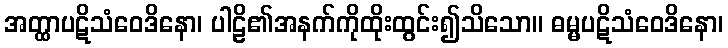
အတ္ထာပဋိသံဝေဒိနော၊ ပါဠိ၏အနက်ကိုထိုးထွင်း၍သိသော။ ဓမ္မပဋိသံဝေဒိနော၊